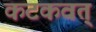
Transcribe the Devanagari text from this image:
कटकवत्